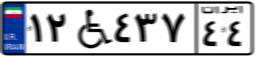
۳۴W۷۵۱۲۸